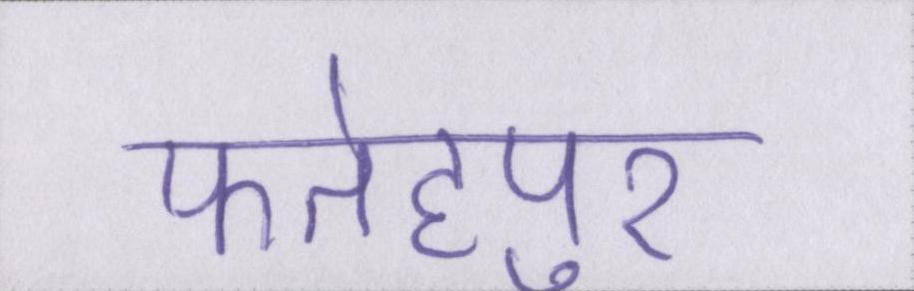
फतेहपुर